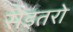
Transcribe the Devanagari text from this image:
सेइतरो